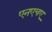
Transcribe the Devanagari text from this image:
एनएचए